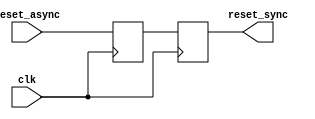
module async_reset_synchronizer (
    input wire reset_async,  // Asynchronous reset input
    input wire clk,          // Clock input
    output reg reset_sync    // Synchronized reset output
);

    // Internal signals for double-register synchronization
    reg reset_sync_1; // First stage of synchronization

    // Always block for capturing the asynchronous reset on the rising edge of the clock
    always @(posedge clk) begin
        reset_sync_1 <= reset_async; // Sample the asynchronous reset
        reset_sync <= reset_sync_1;   // Pass through the second flip-flop
    end

endmodule